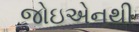
જોઇએનથી